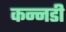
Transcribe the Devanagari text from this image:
कन्नडी